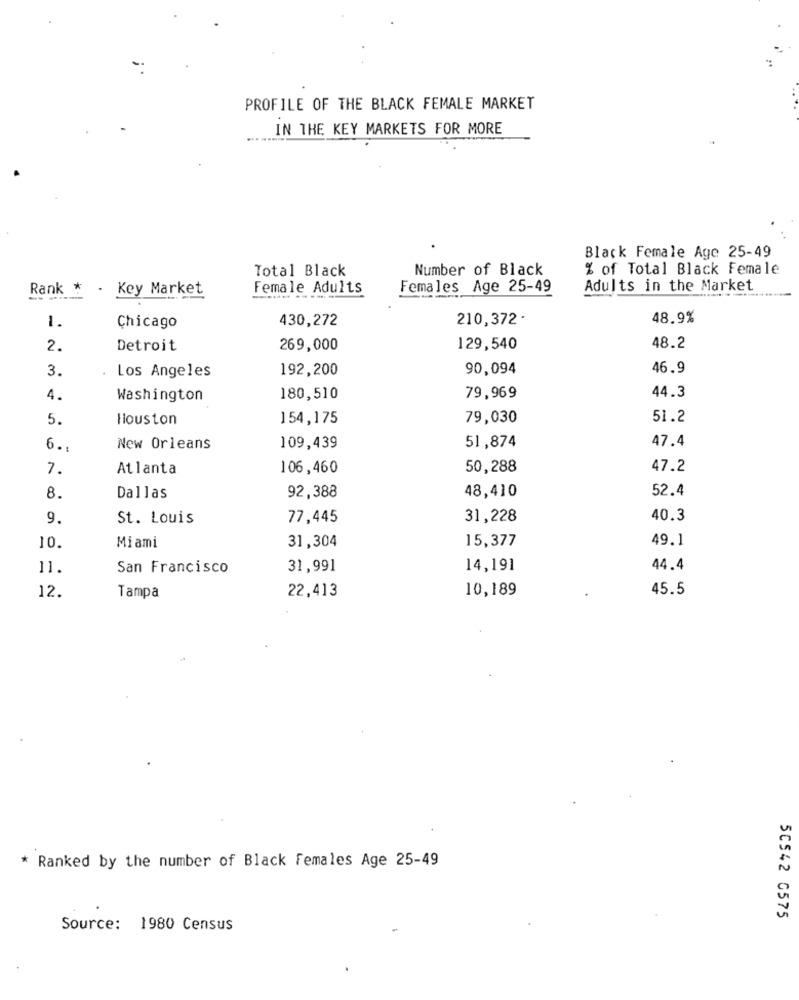
PROFILE OF THE BLACK FEMALE MARKET
IN THE KEY MARKETS FOR MORE
Black Female Age 25-49
Total Black
Number of Black
% of Total Black Female
Rank *
. Key Market
Female Adults
Females Age 25-49
Adults in the Market
1.
430,272
210,372 -
48.9%
Chicago
2.
Detroit
269,000
129,540
48.2
3.
.
Los Angeles
192,200
90,094
46.9
44.3
4.
Washington
180,510
79,969
5.
Houston
154,175
79,030
51.2
47.4
6.
New Orleans
109,439
51,874
7.
Atlanta
106,460
50,288
47.2
48,410
52.4
8.
Dallas
92,388
9.
St. Louis
77,445
31,228
40.3
15,377
49.1
10.
Miami
31,304
11
San Francisco
31,991
14,191
44.4
22,413
10,189
45.5
12.
Tampa
* Ranked by the number of Black females Age 25-49
50542 6575
Source: 1980 Census